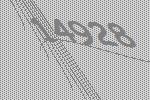
14928